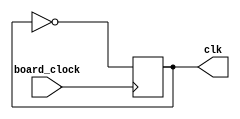
`timescale 1ns / 1ps
//////////////////////////////////////////////////////////////////////////////////
// Company: 
// Engineer: 
// 
// Design Name: 
// Module Name: clock_divider
// Project Name: 
// Target Devices: 
// Tool Versions: 
// Description: 
// 
// Dependencies: 
// 
// Revision:
// Revision 0.01 - File Created
// Additional Comments:
// 
//////////////////////////////////////////////////////////////////////////////////


module clock_divider(
    input board_clock,
    output reg clk
    );
    
    always @(posedge board_clock) begin
        clk = ~clk;
    end
    
endmodule